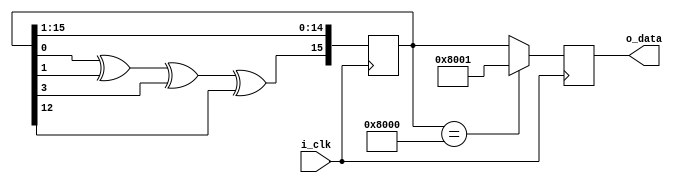
/*
* TITLE: noise.v
* DESCRIPTION: LFSR to create White Noise signal
* 
*/

module noise(
  input i_clk,
  output reg signed [15:0] o_data
);

  reg [0:15] r_shift16 = 16'hdead;

  always @ (posedge i_clk) begin
    r_shift16[0] <= (((r_shift16[15]^r_shift16[14])^r_shift16[12])^r_shift16[3]);
    r_shift16[1:15] <= r_shift16[0:14];
  end

  always @ (posedge i_clk) begin
    // Sending -32768 out is bad juju, so be good. 
    case (r_shift16)
      16'b1000_0000_0000_0000: o_data <= 16'b1000_0000_0000_0001;
                      default: o_data <= r_shift16;
    endcase
  end

endmodule